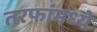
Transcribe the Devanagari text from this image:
तरफांमध्ये